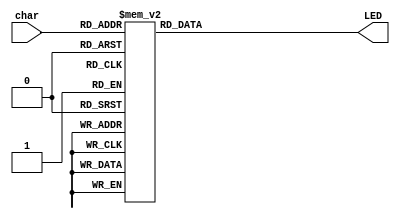
`timescale 1ns / 1ps
//////////////////////////////////////////////////////////////////////////////////
// Company: ---
//
// Design Name:  -----
// Module Name:   LEDdecoder
// Project Name: FourDigitLEDdriver Lab01 Project
// Target Devices: FPGA Spartan 3
// Tool versions: -----
// Description:
//
// Dependencies:
//
// Revision:
// Revision 0.01 - File Created
// Additional Comments:
//
//////////////////////////////////////////////////////////////////////////////////

module LEDdecoder(char, LED);
input wire[3:0] char;
output reg[6:0] LED;

//Every character code
parameter char_0 = 7'b0000001,
			 char_1 = 7'b1001111,
			 char_2 = 7'b0010010,
			 char_3 = 7'b0000110,
			 char_4 = 7'b1001100,
			 char_5 = 7'b0100100,
			 char_6 = 7'b0100000,
			 char_7 = 7'b0001111,
			 char_8 = 7'b0000000,
			 char_9 = 7'b0000100,
			 char_A = 7'b0001000,
			 char_b = 7'b1100000,
			 char_C = 7'b0110001,
			 char_d = 7'b1000010,
			 char_E = 7'b0110000,
			 char_F = 7'b0111000;

//Led decoder decodes 4-bit character code into 7-bit input signal
//for the active 7-segment led display part
always @(char)
begin
  case(char)
    4'd0:LED = char_0;
    4'd1:LED = char_1;
    4'd2:LED = char_2;
    4'd3:LED = char_3;
    4'd4:LED = char_4;
    4'd5:LED = char_5;
    4'd6:LED = char_6;
    4'd7:LED = char_7;
    4'd8:LED = char_8;
    4'd9:LED = char_9;
    4'd10:LED = char_A;
    4'd11:LED = char_b;
    4'd12:LED = char_C;
    4'd13:LED = char_d;
    4'd14:LED = char_E;
    4'd15:LED = char_F;
  endcase
end

endmodule